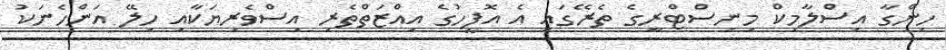
ހިންގާ އިސްލާމިކް މިނިސްޓްރީގެ ތެރޭގައި އެ އޮފީހުގެ އިއްޒަތްތެރި އިސްވެރިޔަކާއި ހިލޭ އަންހެނަކު